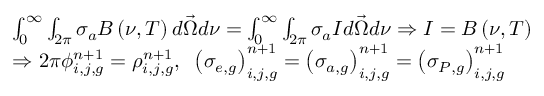
\begin{array} { l } { { \int _ { \mathrm { 0 } } ^ { \infty } \int _ { 2 \pi } \sigma _ { a } B \left( \nu , T \right) d \vec { \Omega } d \nu = \int _ { \mathrm { 0 } } ^ { \infty } \int _ { 2 \pi } \sigma _ { a } I d \vec { \Omega } d \nu \Rightarrow I = B \left( \nu , T \right) } } \\ { { \Rightarrow 2 \pi \phi _ { i , j , g } ^ { n + 1 } = \rho _ { i , j , g } ^ { n + 1 } , \; \; \left( \sigma _ { e , g } \right) _ { i , j , g } ^ { n + 1 } = \left( \sigma _ { a , g } \right) _ { i , j , g } ^ { n + 1 } = \left( \sigma _ { P , g } \right) _ { i , j , g } ^ { n + 1 } } } \end{array}